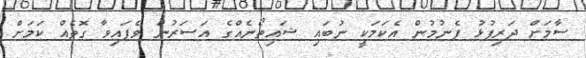
ސާމަށް ދަރިފުޅު ފެނުމުން އެކަމަކީ ނުބައި ޝައިތޯނެއްގެ އަސަރުން ވެފައިވާ ގޮތެއް ކަމަށް